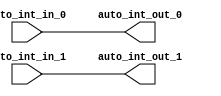
module IntXbar( // @[:freechips.rocketchip.system.DefaultRV32Config.fir@3.2]
  input   auto_int_in_0, // @[:freechips.rocketchip.system.DefaultRV32Config.fir@6.4]
  input   auto_int_in_1, // @[:freechips.rocketchip.system.DefaultRV32Config.fir@6.4]
  output  auto_int_out_0, // @[:freechips.rocketchip.system.DefaultRV32Config.fir@6.4]
  output  auto_int_out_1 // @[:freechips.rocketchip.system.DefaultRV32Config.fir@6.4]
);
  assign auto_int_out_0 = auto_int_in_0; // @[LazyModule.scala 305:12:freechips.rocketchip.system.DefaultRV32Config.fir@15.4]
  assign auto_int_out_1 = auto_int_in_1; // @[LazyModule.scala 305:12:freechips.rocketchip.system.DefaultRV32Config.fir@15.4]
endmodule